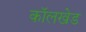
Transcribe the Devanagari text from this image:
कॉलखेड